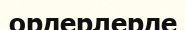
ордерлерде